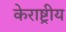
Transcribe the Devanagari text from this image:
केराष्ट्रीय